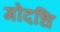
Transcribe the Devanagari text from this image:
गोदधि